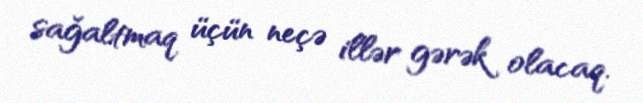
sağaltmaq üçün neçə illər gərək olacaq.